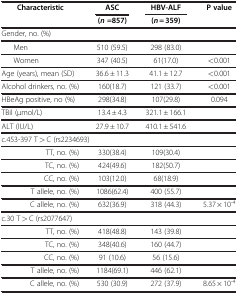
<table><thead><tr><td rowspan="2"><b>Characteristic</b></td><td><b>ASC</b></td><td><b>HBV-ALF</b></td><td rowspan="2"><b>P value</b></td></tr><tr><td><b>(<i>n</i> =857)</b></td><td><b>(<i>n</i> = 359)</b></td></tr></thead><tbody><tr><td colspan="4">Gender, no. (%)</td></tr><tr><td>Men</td><td>510 (59.5)</td><td>298 (83.0)</td><td> </td></tr><tr><td>Women</td><td>347 (40.5)</td><td>61(17.0)</td><td>&lt;0.001</td></tr><tr><td>Age (years), mean (SD)</td><td>36.6 ± 11.3</td><td>41.1 ± 12.7</td><td>&lt;0.001</td></tr><tr><td>Alcohol drinkers, no. (%)</td><td>160(18.7)</td><td>121 (33.7)</td><td>&lt;0.001</td></tr><tr><td>HBeAg positive, no (%)</td><td>298(34.8)</td><td>107(29.8)</td><td>0.094</td></tr><tr><td>TBil (μmol/L)</td><td>13.4 ± 4.3</td><td>321.1 ± 166.1</td><td> </td></tr><tr><td>ALT (IU/L)</td><td>27.9 ± 10.7</td><td>410.1 ± 541.6</td><td> </td></tr><tr><td colspan="4">c.453-397 T &gt; C (rs2234693)</td></tr><tr><td>TT, no. (%)</td><td>330(38.4)</td><td>109(30.4)</td><td> </td></tr><tr><td>TC, no. (%)</td><td>424(49.6)</td><td>182(50.7)</td><td> </td></tr><tr><td>CC, no. (%)</td><td>103(12.0)</td><td>68(18.9)</td><td> </td></tr><tr><td>T allele, no. (%)</td><td>1086(62.4)</td><td>400 (55.7)</td><td> </td></tr><tr><td>C allele, no. (%)</td><td>632(36.9)</td><td>318 (44.3)</td><td>5.37 × 10<sup>-4</sup></td></tr><tr><td colspan="4">c.30 T &gt; C (rs2077647)</td></tr><tr><td>TT, no. (%)</td><td>418(48.8)</td><td>143 (39.8)</td><td> </td></tr><tr><td>TC, no. (%)</td><td>348(40.6)</td><td>160 (44.7)</td><td> </td></tr><tr><td>CC, no. (%)</td><td>91 (10.6)</td><td>56 (15.6)</td><td> </td></tr><tr><td>T allele, no. (%)</td><td>1184(69.1)</td><td>446 (62.1)</td><td> </td></tr><tr><td>C allele, no. (%)</td><td>530 (30.9)</td><td>272 (37.9)</td><td>8.65 × 10<sup>-4</sup></td></tr></tbody></table>